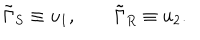
\tilde { \Gamma } _ { S } \equiv u _ { 1 } , \qquad \tilde { \Gamma } _ { R } \equiv u _ { 2 } .